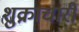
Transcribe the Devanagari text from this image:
शुक्राचारी